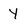
Character: Y